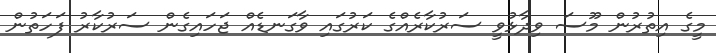
މީގެ އިތުރުން މޫސަ ވިދާޅުވީ ސަރުކާރެއްގެ ކަރުގައި ވާގަނޑެއް ޖަހައިގެން ސަރުކާރު ފަހަތުން